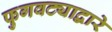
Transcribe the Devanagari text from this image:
फुगवट्याद्वारे